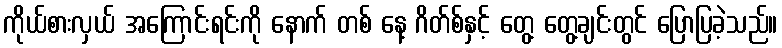
ကိုယ်စားလှယ် အကြောင်းရင်းကို နောက် တစ် နေ့ ဂိတ်စ်နှင့် တွေ့ တွေ့ချင်းတွင် ပြောပြခဲ့သည်။